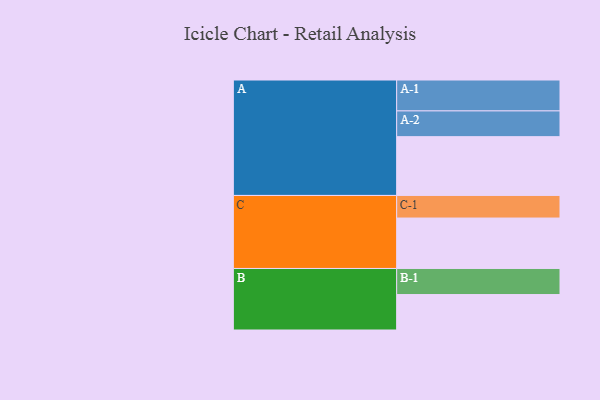
{"axis": {"x": "Segment", "y": "Value"}, "legend": ["", "A", "B", "C"], "data": [{"x": "A", "y": 557, "type": ""}, {"x": "B", "y": 336, "type": ""}, {"x": "C", "y": 478, "type": ""}, {"x": "A-1", "y": 293, "type": "A"}, {"x": "A-2", "y": 244, "type": "A"}, {"x": "B-1", "y": 247, "type": "B"}, {"x": "C-1", "y": 214, "type": "C"}]}